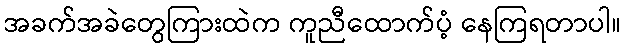
အခက်အခဲတွေကြားထဲက ကူညီထောက်ပံ့ နေကြရတာပါ။